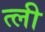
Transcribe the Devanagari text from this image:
त्ली